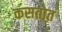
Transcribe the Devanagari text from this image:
कसतात